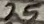
Text: 25